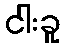
ငါးခူ